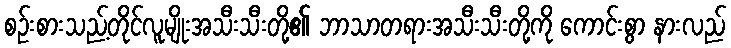
စဉ်းစားသည့်တိုင်လူမျိုးအသီးသီးတို့၏ ဘာသာတရားအသီးသီးတို့ကို ကောင်းစွာ နားလည်